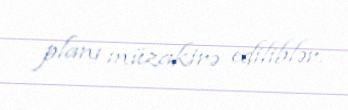
planı müzakirə ediliblər.